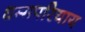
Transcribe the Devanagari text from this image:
धम्मपरियाय